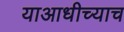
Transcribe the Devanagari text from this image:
याआधीच्याच